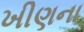
ખીણના